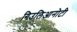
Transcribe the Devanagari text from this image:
गिउलिआनोटी